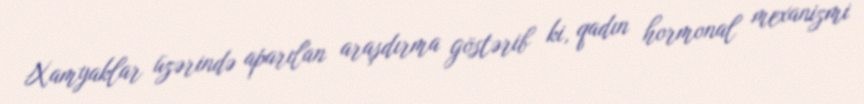
Xamyaklar üzərində aparılan araşdırma göstərib ki, qadın hormonal mexanizmi